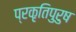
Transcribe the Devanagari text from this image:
प्रकृतिपुरुष